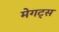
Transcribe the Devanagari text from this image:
मेगट्स